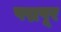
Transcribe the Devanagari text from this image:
पद्मपूर